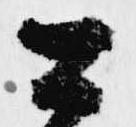
公